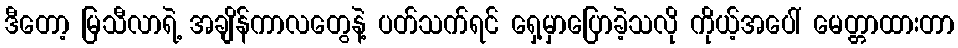
ဒီတော့ မြသီလာရဲ့ အချိန်ကာလတွေနဲ့ ပတ်သက်ရင် ရှေ့မှာပြောခဲ့သလို ကိုယ့်အပေါ် မေတ္တာထားတာ